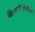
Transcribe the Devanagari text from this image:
फिलाडेल्फियानंतर